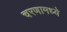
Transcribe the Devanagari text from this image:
चरणामध्ये